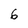
Character: 6